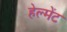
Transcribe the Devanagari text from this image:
हेल्मेंट